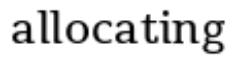
allocating